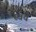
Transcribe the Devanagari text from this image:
स्वयॆ